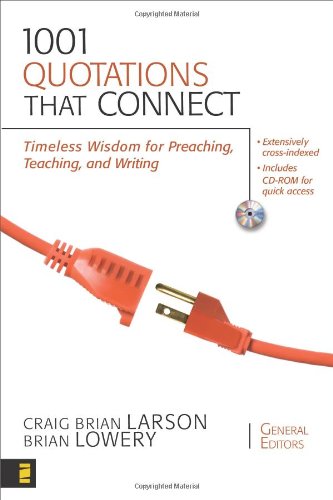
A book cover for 1001 Quotations That Connect: Timeless Wisdom for Preaching, Teaching, and Writing; Christian Books & Bibles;